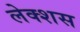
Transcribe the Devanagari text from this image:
लेक्शस